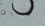
بالنشاط